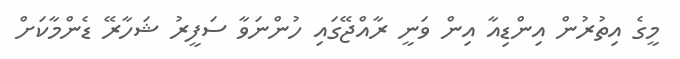
މީގެ އިތުރުން އިންޑިއާ އިން ވަނީ ރާއްޖޭގައި ހުންނަވާ ސަފީރު ޝަހާރޭ ޑެންމާކަށް